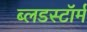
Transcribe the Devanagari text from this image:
ब्लडस्टॉर्म